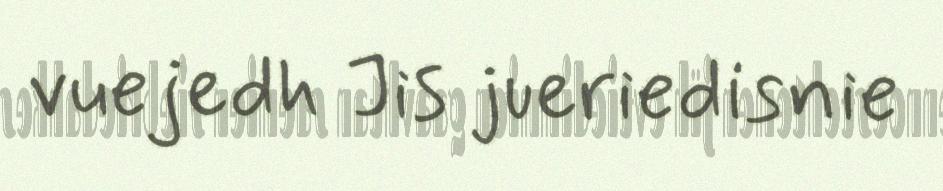
vuejedh Jis jueriedisnie